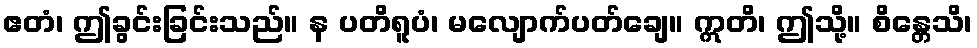
ဧတံ၊ ဤခွင်းခြင်းသည်။ န ပတိရူပံ၊ မလျောက်ပတ်ချေ။ ဣတိ၊ ဤသို့။ စိန္တေသိ၊